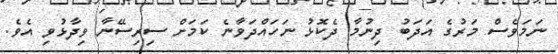
ނަމަވެސް މަރުގެ އަދަބު ދިނުމާ ދެކޮޅު ނަހައްދަވާނެ ކަމަށް ސިރިސޭނާ ވިދާޅުވި އެވެ.